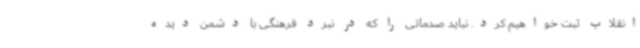
انقلاب ثبت خواهیم کرد. نباید صدماتی را که در نبرد فرهنگی با دشمن دیده